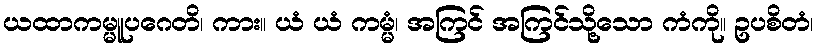
ယထာကမ္မူပဂေတိ၊ ကား။ ယံ ယံ ကမ္မံ၊ အကြင် အကြင်သို့သော ကံကို။ ဥပစိတံ၊